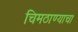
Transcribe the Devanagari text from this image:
चिमठाण्याचा